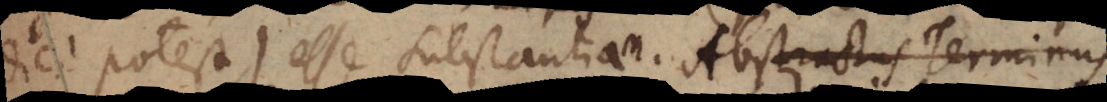
dici potest) esse substantiam. Abstract